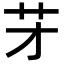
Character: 𦬁